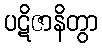
ပဋိဇာနိတွာ